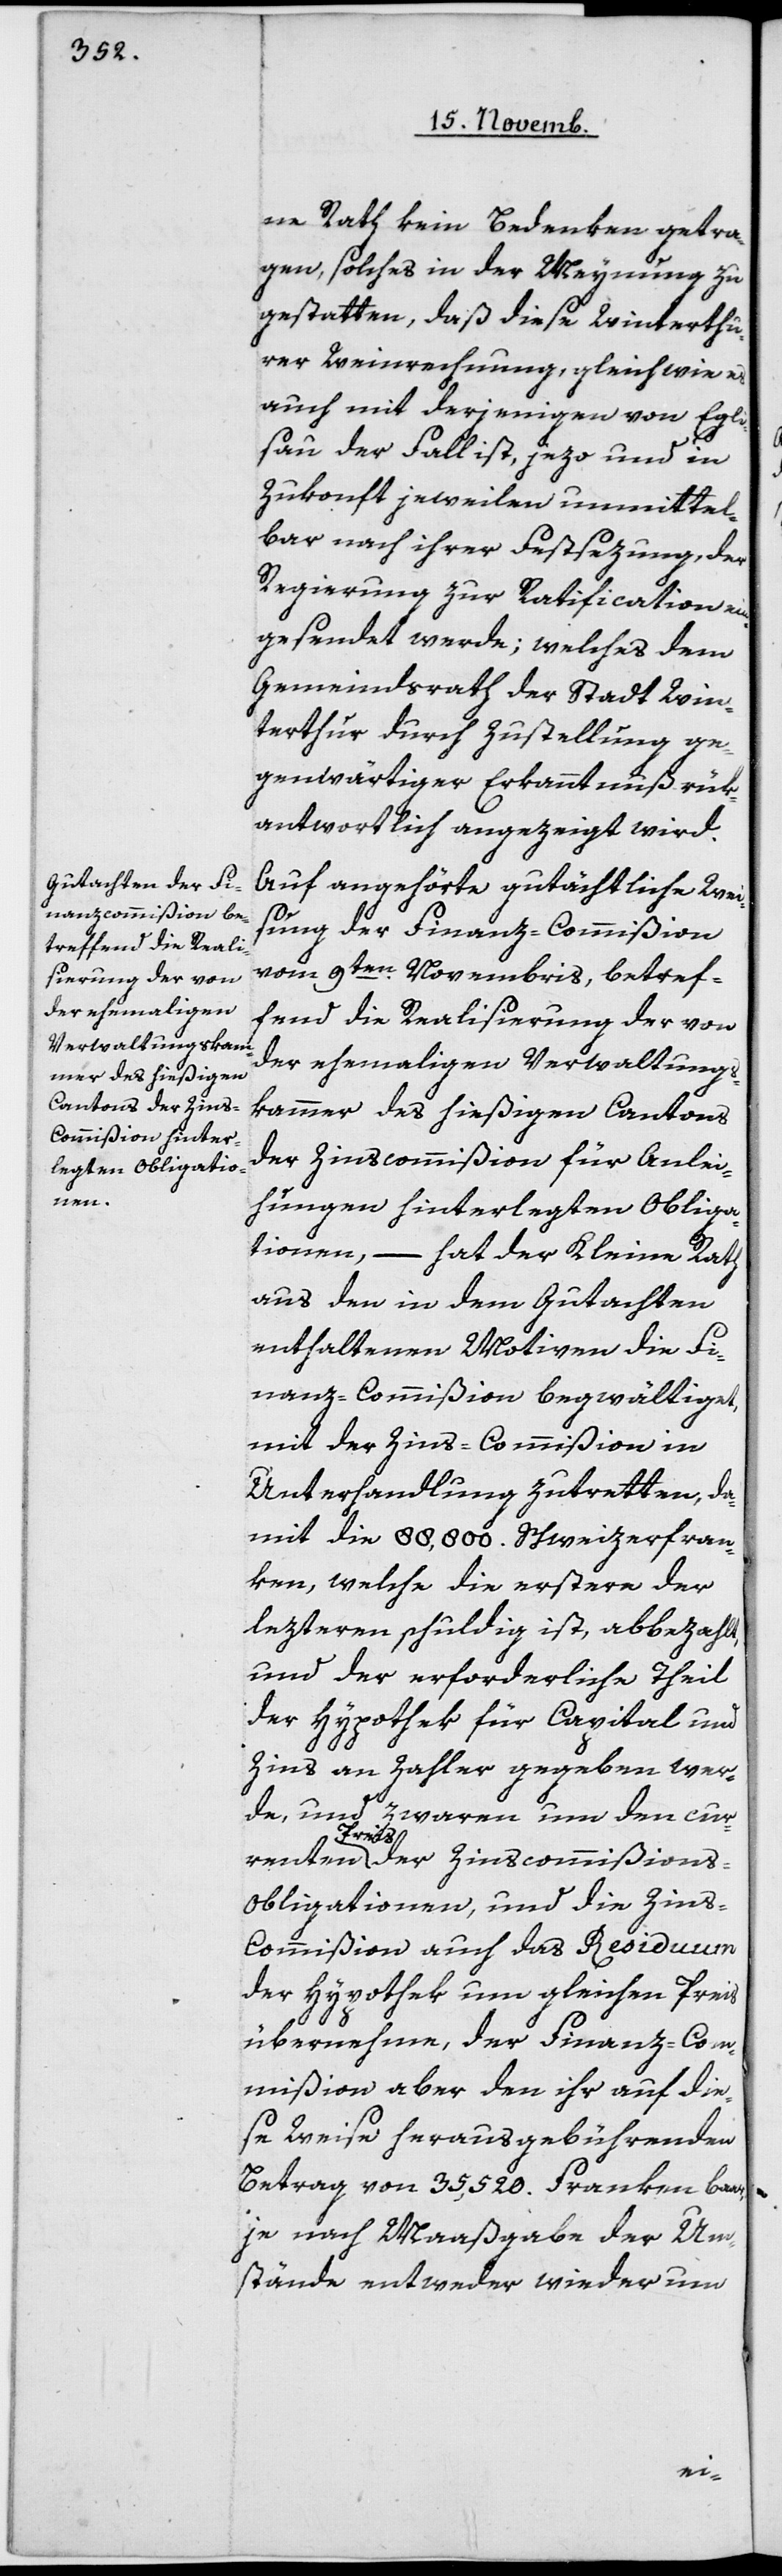
ne Rath kein Bedenken getra¬
gen, solches in der Meynung zu
gestatten, daß diese Winterthu¬
rer Weinrechnung, gleich wie es
auch mit derjenigen von Egli¬
sau der Fall ist, jezo und in
Zukonft jeweilen unmittel¬
bar nach ihrer Festsezung, der
Regierung zur Ratification ein¬
gesendet werde; welches dem
Gemeindsrath der Stadt Win¬
terthur durch Zustellung ge¬
genwärtiger Erkanntnuß rük¬
antwortlich angezeigt wird.
Auf angehörte gutächtliche Wei¬
sung der Finanz--Commißion
vom 9ten Novembris, betref¬
fend die Realisierung der von
der ehemaligen Verwaltungs¬
kammer des hießigen Cantons
der Zins-Commißion für Anlei¬
hungen hinterlegten Obliga¬
tionen, – hat der Kleine Rath
aus den in dem Gutachten
enthaltenen Motiven die Fi¬
nanz--Commißion begwältiget,
mit der Zins-Commißion in
Unterhandlung zu tretten, da¬
mit die 88'800 Schweizerfran¬
ken, welche die erstere der
lezteren schuldig ist, abbezahlt,
und der erforderliche Theil
der Hypothek für Capital und
Zins an Zahler gegeben wer¬
de, und zwaren um den cu¬
rrenten
Preis der Zinscommißions-O¬
bligationen, und die Zin¬
s-Commißion auch das Residuum
der Hypothek um gleichen Preis
übernehme, der Finanz-Com¬
mißion aber den ihr auf die¬
se Weise heraus gebührenden
Betrag von 35'520 Franken bar,
je nach Maaßgabe der Um¬
stände entweder wieder um